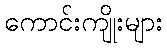
ကောင်းကျိုးများ